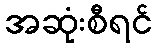
အဆုံးစီရင်